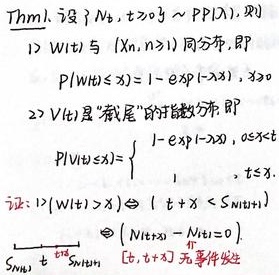
Thm1. 设 \(N_t, t\geq0\sim PP(\lambda)\), 则
1) \(W(t)\) 与 \((X_n, n\geq1)\) 同分布, 即
\[P(W(t)\leq x)=1 - \exp(-\lambda x), x\geq0\]
2) \(V(t)\) 是 “截尾” 的指数分布, 即
\[P(V(t)\leq x)=\begin{cases}1 - \exp(-\lambda x), & 0\leq x<t \\1, & x\geq t\end{cases}\]
证: 1) \((W(t)>x)\Leftrightarrow(t + x<S_{N(t)+1})\)
\(\Leftrightarrow(N_{t + x}-N_t = 0)\)
\(S_{N(t)}\overset{def}{=}S_{N(t)}[t,t + x]\) 无事件发生